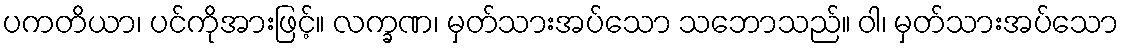
ပကတိယာ၊ ပင်ကိုအားဖြင့်။ လက္ခဏ၊ မှတ်သားအပ်သော သဘောသည်။ ဝါ၊ မှတ်သားအပ်သော